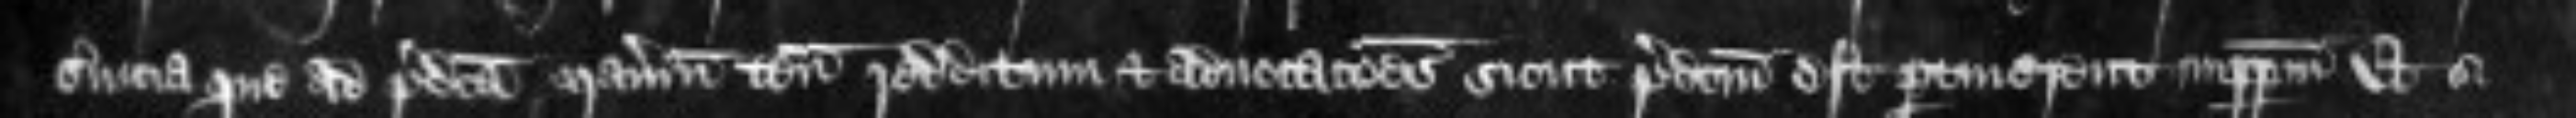
servicia que ad predicta manerium tenementa redditum et advocationes sicut predictum est pertinerent imperpetuum Et si